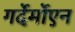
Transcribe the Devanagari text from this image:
गर्देर्मोएन